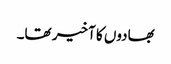
بھادوں کا آخیر تھا۔